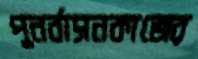
পুনর্বাসনকাজের